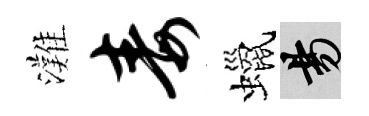
灘毒蠟昜